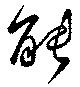
能